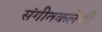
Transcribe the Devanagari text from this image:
संगीतकलेची